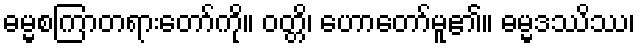
ဓမ္မစကြာတရားတော်ကို။ ဝတ္တိ၊ ဟောတော်မူ၏။ ဓမ္မဒဿိဿ၊